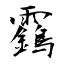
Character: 靎